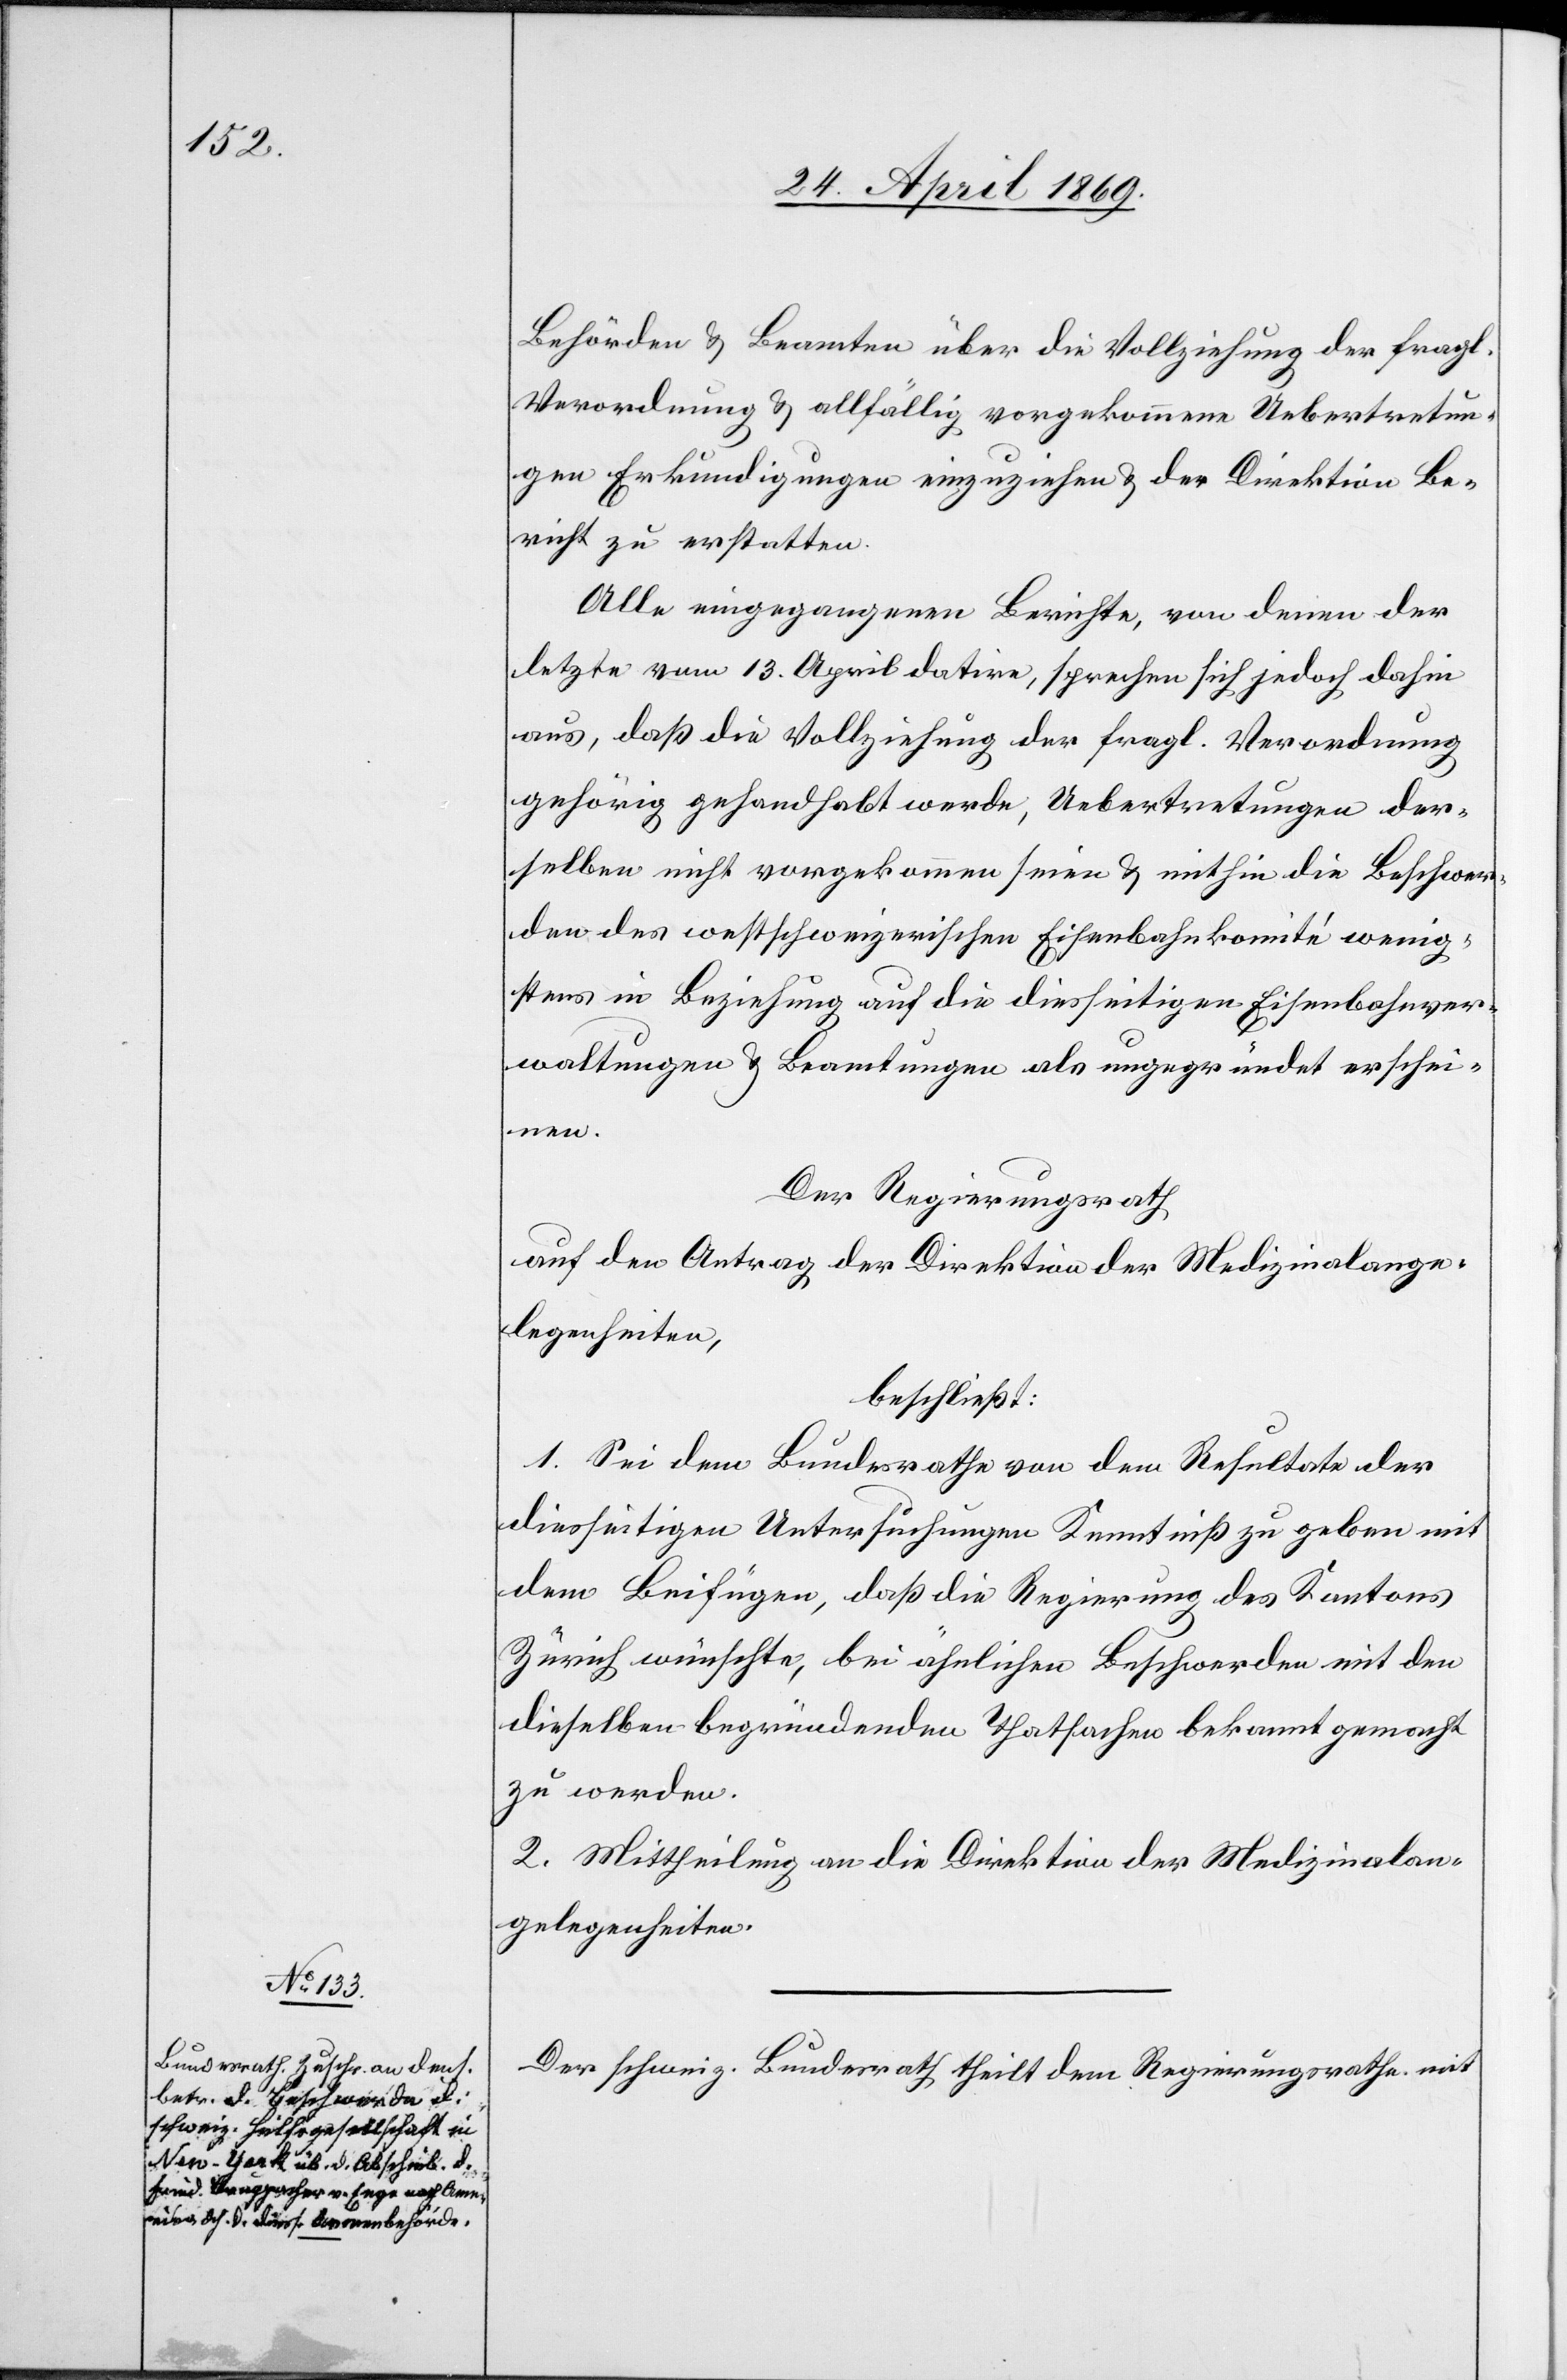
Behörden u. Beamten über die Vollziehung den fragl.
Verordnung u. allfällig vorgekommene Uebertretun¬
gen Erkundigungen einzuziehen u. der Direktion Be¬
richt zu erstatten.
Alle eingegangenen Berichte, von denen der
letzte vom 13. April datire, sprechen sich jedoch dahin
aus, daß die Vollziehung der fragl. Verordnung
gehörig gehandhabt werde, Uebertretungen der¬
selben nicht vorgekommen seien u. mithin die Beschwer¬
den des westschweizerischen Eisenbahnkomité wenig¬
stens in Beziehung auf die diesseitigen Eisenbahnver¬
waltungen u. Beamtungen als ungegründet erschei¬
nen.
Der Regierungsrath,
auf den Antrag der Direktion der Medizinalange¬
legenheiten,
beschließt:
1. Sei dem Bundesrathe von dem Resultate der
diesseitigen Untersuchungen Kenntniß zu geben mit
dem Beifügen, daß die Regierung des Kantons
Zürich wünschte, bei ähnlichen Beschwerden mit den
dieselben begründenden Thatsachen bekannt gemacht
zu werden.
2. Mittheilung an die Direktion der Medizinalan¬
gelegenheiten.
Der schweiz. Bundesrath theilt dem Regierungsrathe mit